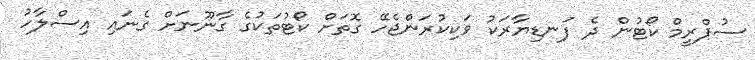
ސުޕްރީމް ކޯޓުން ދެ ފަނޑިޔާރަކު ވަކިކުރަންޖެހޭ ގޮތަށް ކޯޓުތަކުގެ ގާނޫނަށް ގެނައި އިސްލާހު